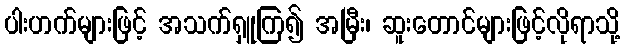
ပါးဟက်များဖြင့် အသက်ရှူကြ၍ အမြီး၊ ဆူးတောင်များဖြင့်လိုရာသို့